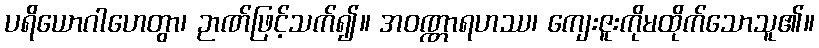
ပရိယောဂါဟေတွာ၊ ဉာဏ်ဖြင့်သက်၍။ အဝဏ္ဏာရဟဿ၊ ကျေးဇူးကိုမထိုက်သောသူ၏။